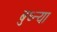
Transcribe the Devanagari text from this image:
बुध्न्या